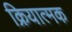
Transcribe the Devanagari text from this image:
क्रियात्‍मक